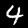
Label: 4